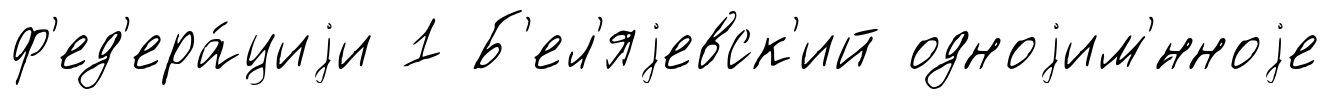
ф'ед'ера́циjи 1 Б'ел'яjевск'ий одноjим'́нноjе